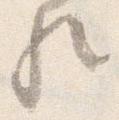
歟